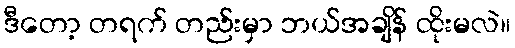
ဒီတော့ တရက် တည်းမှာ ဘယ်အချိန် ထိုးမလဲ။